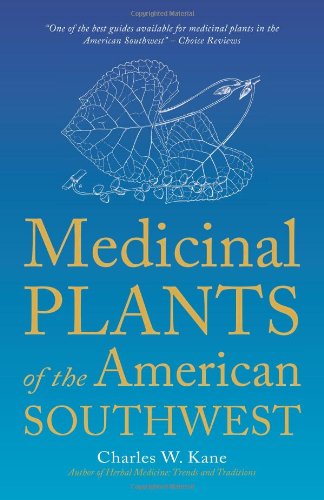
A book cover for Medicinal Plants of the American Southwest (Herbal Medicine of the American Southwest); Charles W. Kane; Medical Books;